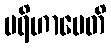
ပရိဟာပေတိ